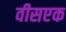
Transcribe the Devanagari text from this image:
वीसएक